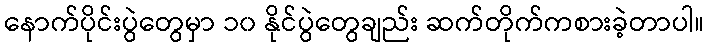
နောက်ပိုင်းပွဲတွေမှာ ၁၀ နိုင်ပွဲတွေချည်း ဆက်တိုက်ကစားခဲ့တာပါ။